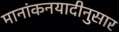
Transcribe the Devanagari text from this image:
मानांकनयादीनुसार